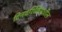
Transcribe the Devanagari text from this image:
दिनदर्शिकेमधील